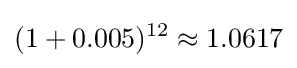
(1+0.005)^{12}\approx 1.0617